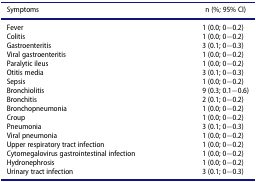
<table><thead><tr><td><b>Symptoms</b></td><td><b>n (%; 95% CI)</b></td></tr></thead><tbody><tr><td>Fever</td><td>1 (0.0; 0−0.2)</td></tr><tr><td>Colitis</td><td>1 (0.0; 0−0.2)</td></tr><tr><td>Gastroenteritis</td><td>3 (0.1; 0−0.3)</td></tr><tr><td>Viral gastroenteritis</td><td>1 (0.0; 0−0.2)</td></tr><tr><td>Paralytic ileus</td><td>1 (0.0; 0−0.2)</td></tr><tr><td>Otitis media</td><td>3 (0.1; 0−0.3)</td></tr><tr><td>Sepsis</td><td>1 (0.0; 0−0.2)</td></tr><tr><td>Bronchiolitis</td><td>9 (0.3; 0.1−0.6)</td></tr><tr><td>Bronchitis</td><td>2 (0.1; 0−0.2)</td></tr><tr><td>Bronchopneumonia</td><td>1 (0.0; 0−0.2)</td></tr><tr><td>Croup</td><td>1 (0.0; 0−0.2)</td></tr><tr><td>Pneumonia</td><td>3 (0.1; 0−0.3)</td></tr><tr><td>Viral pneumonia</td><td>1 (0.0; 0−0.2)</td></tr><tr><td>Upper respiratory tract infection</td><td>1 (0.0; 0−0.2)</td></tr><tr><td>Cytomegalovirus gastrointestinal infection</td><td>1 (0.0; 0−0.2)</td></tr><tr><td>Hydronephrosis</td><td>1 (0.0; 0−0.2)</td></tr><tr><td>Urinary tract infection</td><td>3 (0.1; 0−0.3)</td></tr></tbody></table>